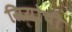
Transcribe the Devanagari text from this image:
सियोची